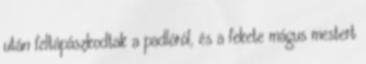
után feltápászkodtak a padlóról, és a fekete mágus mestert